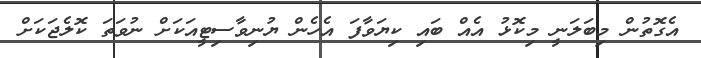
އެގޮތުން މިބަލަނީ މިކޮޅު އެއް ބައި ކިޔަވާފަ އެހެން ޔުނިވާސިޓީއަކަށް ނުވަތަ ކޮލެޖަކަށް